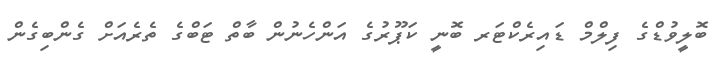
ބޮލީވުޑްގެ ފިލްމް ޑައިރެކްޓަރ ބޮނީ ކަޕޫރުގެ އަންހެނުން ބާތް ޓަބްގެ ތެރެއަށް ގެންބިގެން